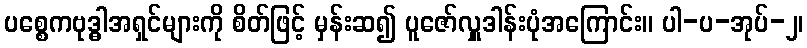
ပစ္စေကဗုဒ္ဓါအရှင်များကို စိတ်ဖြင့် မှန်းဆ၍ ပူဇော်လှူဒါန်းပုံအကြောင်း။ ပါ-ပ-အုပ်-၂၊